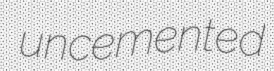
uncemented